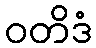
ဝတိဒံ